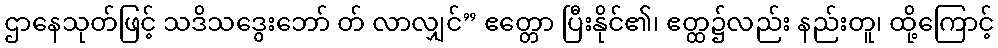
ဌာနေသုတ်ဖြင့် သဒိသဒွေးဘော် တ် လာလျှင်” ဧတ္တော ပြီးနိုင်၏၊ ဧတ္ထ၌လည်း နည်းတူ၊ ထို့ကြောင့်